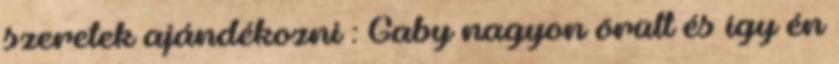
szeretek ajándékozni : Gaby nagyon örült és így én